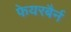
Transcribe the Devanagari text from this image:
फेयरबैर्न